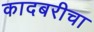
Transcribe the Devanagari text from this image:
कादबरीचा